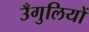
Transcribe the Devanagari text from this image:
उँगुलियों